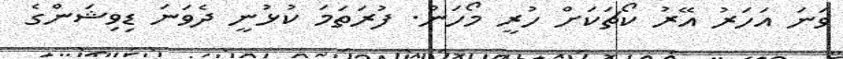
ވަނަ އަހަރު އޭރު ކޯޗަކަށް ހުރީ މޯހަން. ފުރަތަމަ ކުޅުނީ ދެވަނަ ޑިވިޝަންގެ